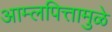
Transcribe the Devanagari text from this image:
आम्लपित्तामुळे